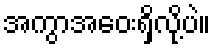
အကွာအဝေးရှိလို့ပဲ။